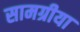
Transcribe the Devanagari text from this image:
सामग्रीया